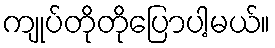
ကျုပ်တိုတိုပြောပါ့မယ်။